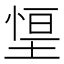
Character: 𭏃